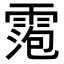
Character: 𬰀